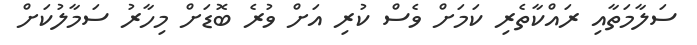
ސަލާމަތާއި ރައްކާތެރި ކަމަށް ވެސް ކުރި އަށް ވުރެ ބޮޑަށް މިހާރު ސަމާލުކަށް